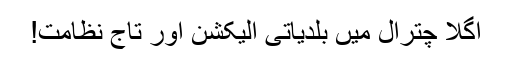
اگلا چترال میں بلدیاتی الیکشن اور تاجِ نظامت!